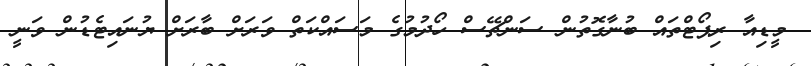
މީޑިއާ ރިޕޯޓްތައް ބުނާގޮތުން ސަންޗޭސް ހޯދުމުގެ މަސައްކަތް ވަރަށް ބާރަށް ޔުނައިޓެޑުން ވަނީ